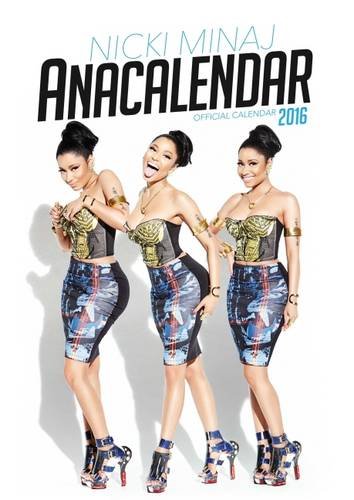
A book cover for The Official Nicky Minaj 2016 Square Calendar; Calendars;